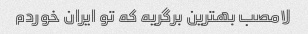
لامصب بهترین برگریه که تو ایران خوردم